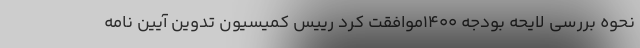
نحوه بررسی لایحه بودجه ۱۴۰۰موافقت کرد رییس کمیسیون تدوین آیین نامه